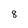
Character: 8